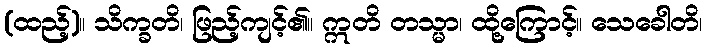
(ထည့်)။ သိက္ခတိ၊ ဖြည့်ကျင့်၏။ ဣတိ တသ္မာ၊ ထို့ကြောင့်။ သေခေါတိ၊